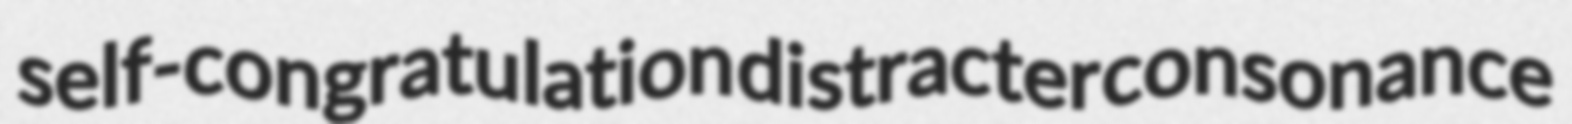
self-congratulation distracter consonance